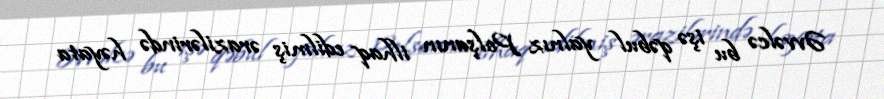
Əvvəlcə bu işə qəbul yalnız Polşanın ilhaq edilmiş ərazilərində həyata